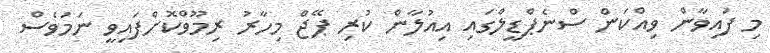
މި ފައިވާން ވިއްކަން ސްނެޕްޑީލްގައި އިއުލާން ކުރި ޕޭޖް މިހާރު ރިމޫވްކޮށްފައިވީ ނަމަވެސް